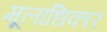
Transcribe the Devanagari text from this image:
मूलाधिकार